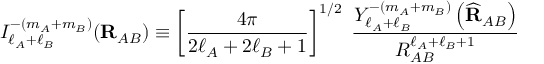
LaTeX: I _ { \ell _ { A } + \ell _ { B } } ^ { - ( m _ { A } + m _ { B } ) } ( \mathbf { R } _ { A B } ) \equiv \left[ { \frac { 4 \pi } { 2 \ell _ { A } + 2 \ell _ { B } + 1 } } \right] ^ { 1 / 2 } \; { \frac { Y _ { \ell _ { A } + \ell _ { B } } ^ { - ( m _ { A } + m _ { B } ) } \left( { \widehat { \mathbf { R } } } _ { A B } \right) } { R _ { A B } ^ { \ell _ { A } + \ell _ { B } + 1 } } }